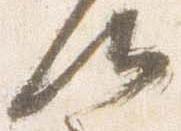
候